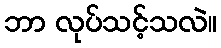
ဘာ လုပ်သင့်သလဲ။